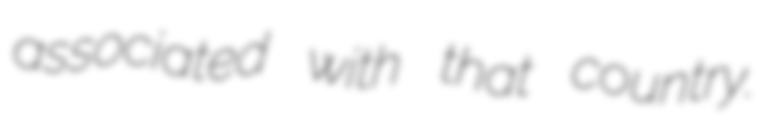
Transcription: associated with that country.